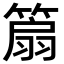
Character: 𥰢